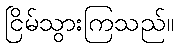
ငြိမ်သွားကြသည်။